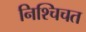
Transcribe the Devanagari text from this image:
निश्चिचत